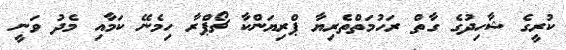
ކުރީގެ ޝާހިދުގެ ގާތް ރަހުމަތްތެރިޔާ ޕްރިޔަންކާ ޗޯޕްރާ ހިމެނޭ ކަމާއި މެދު ވަނީ